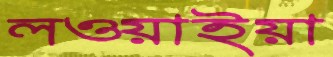
লওয়াইয়া